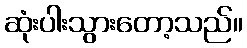
ဆုံးပါးသွားတော့သည်။